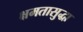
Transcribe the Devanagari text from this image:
क्षमतासुद्धा